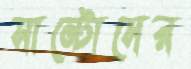
সান্টোসের